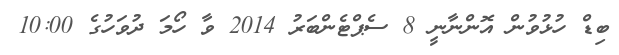
ބިޑް ހުޅުވުން އޮންނާނީ 8 ސެޕްޓެންބަރު 2014 ވާ ހޯމަ ދުވަހުގެ 10:00